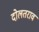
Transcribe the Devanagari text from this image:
दोलतराव